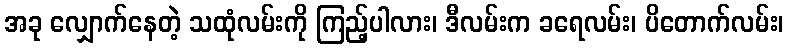
အခု လျှောက်နေတဲ့ သထုံလမ်းကို ကြည့်ပါလား၊ ဒီလမ်းက ခရေလမ်း၊ ပိတောက်လမ်း၊